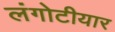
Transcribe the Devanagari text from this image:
लंगोटीयार